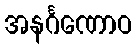
အနင်္ဂဏောဝ